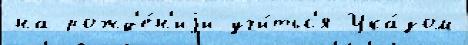
на рожд'е́н'иjи учи́тьс'я Ука́зом